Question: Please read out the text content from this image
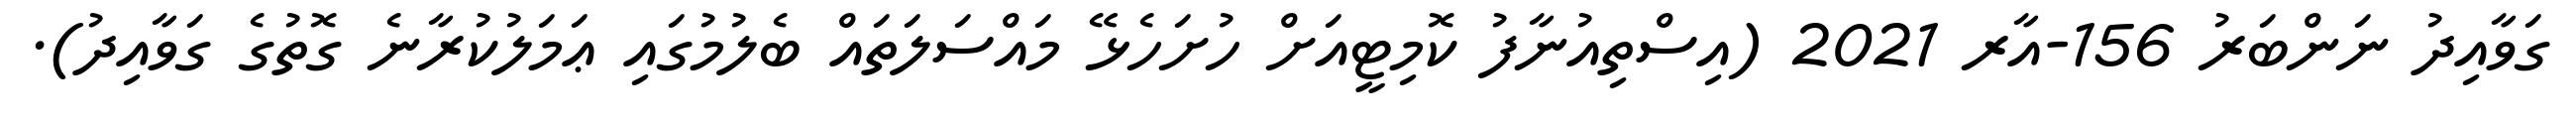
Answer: ގަވާއިދު ނަންބަރު 156-އާރ 2021 (އިސްތިއުނާފު ކޮމިޓީއަށް ހުށަހެޅޭ މައްސަލަތައް ބެލުމުގައި ޢަމަލުކުރާނެ ގޮތުގެ ގަވާއިދު).